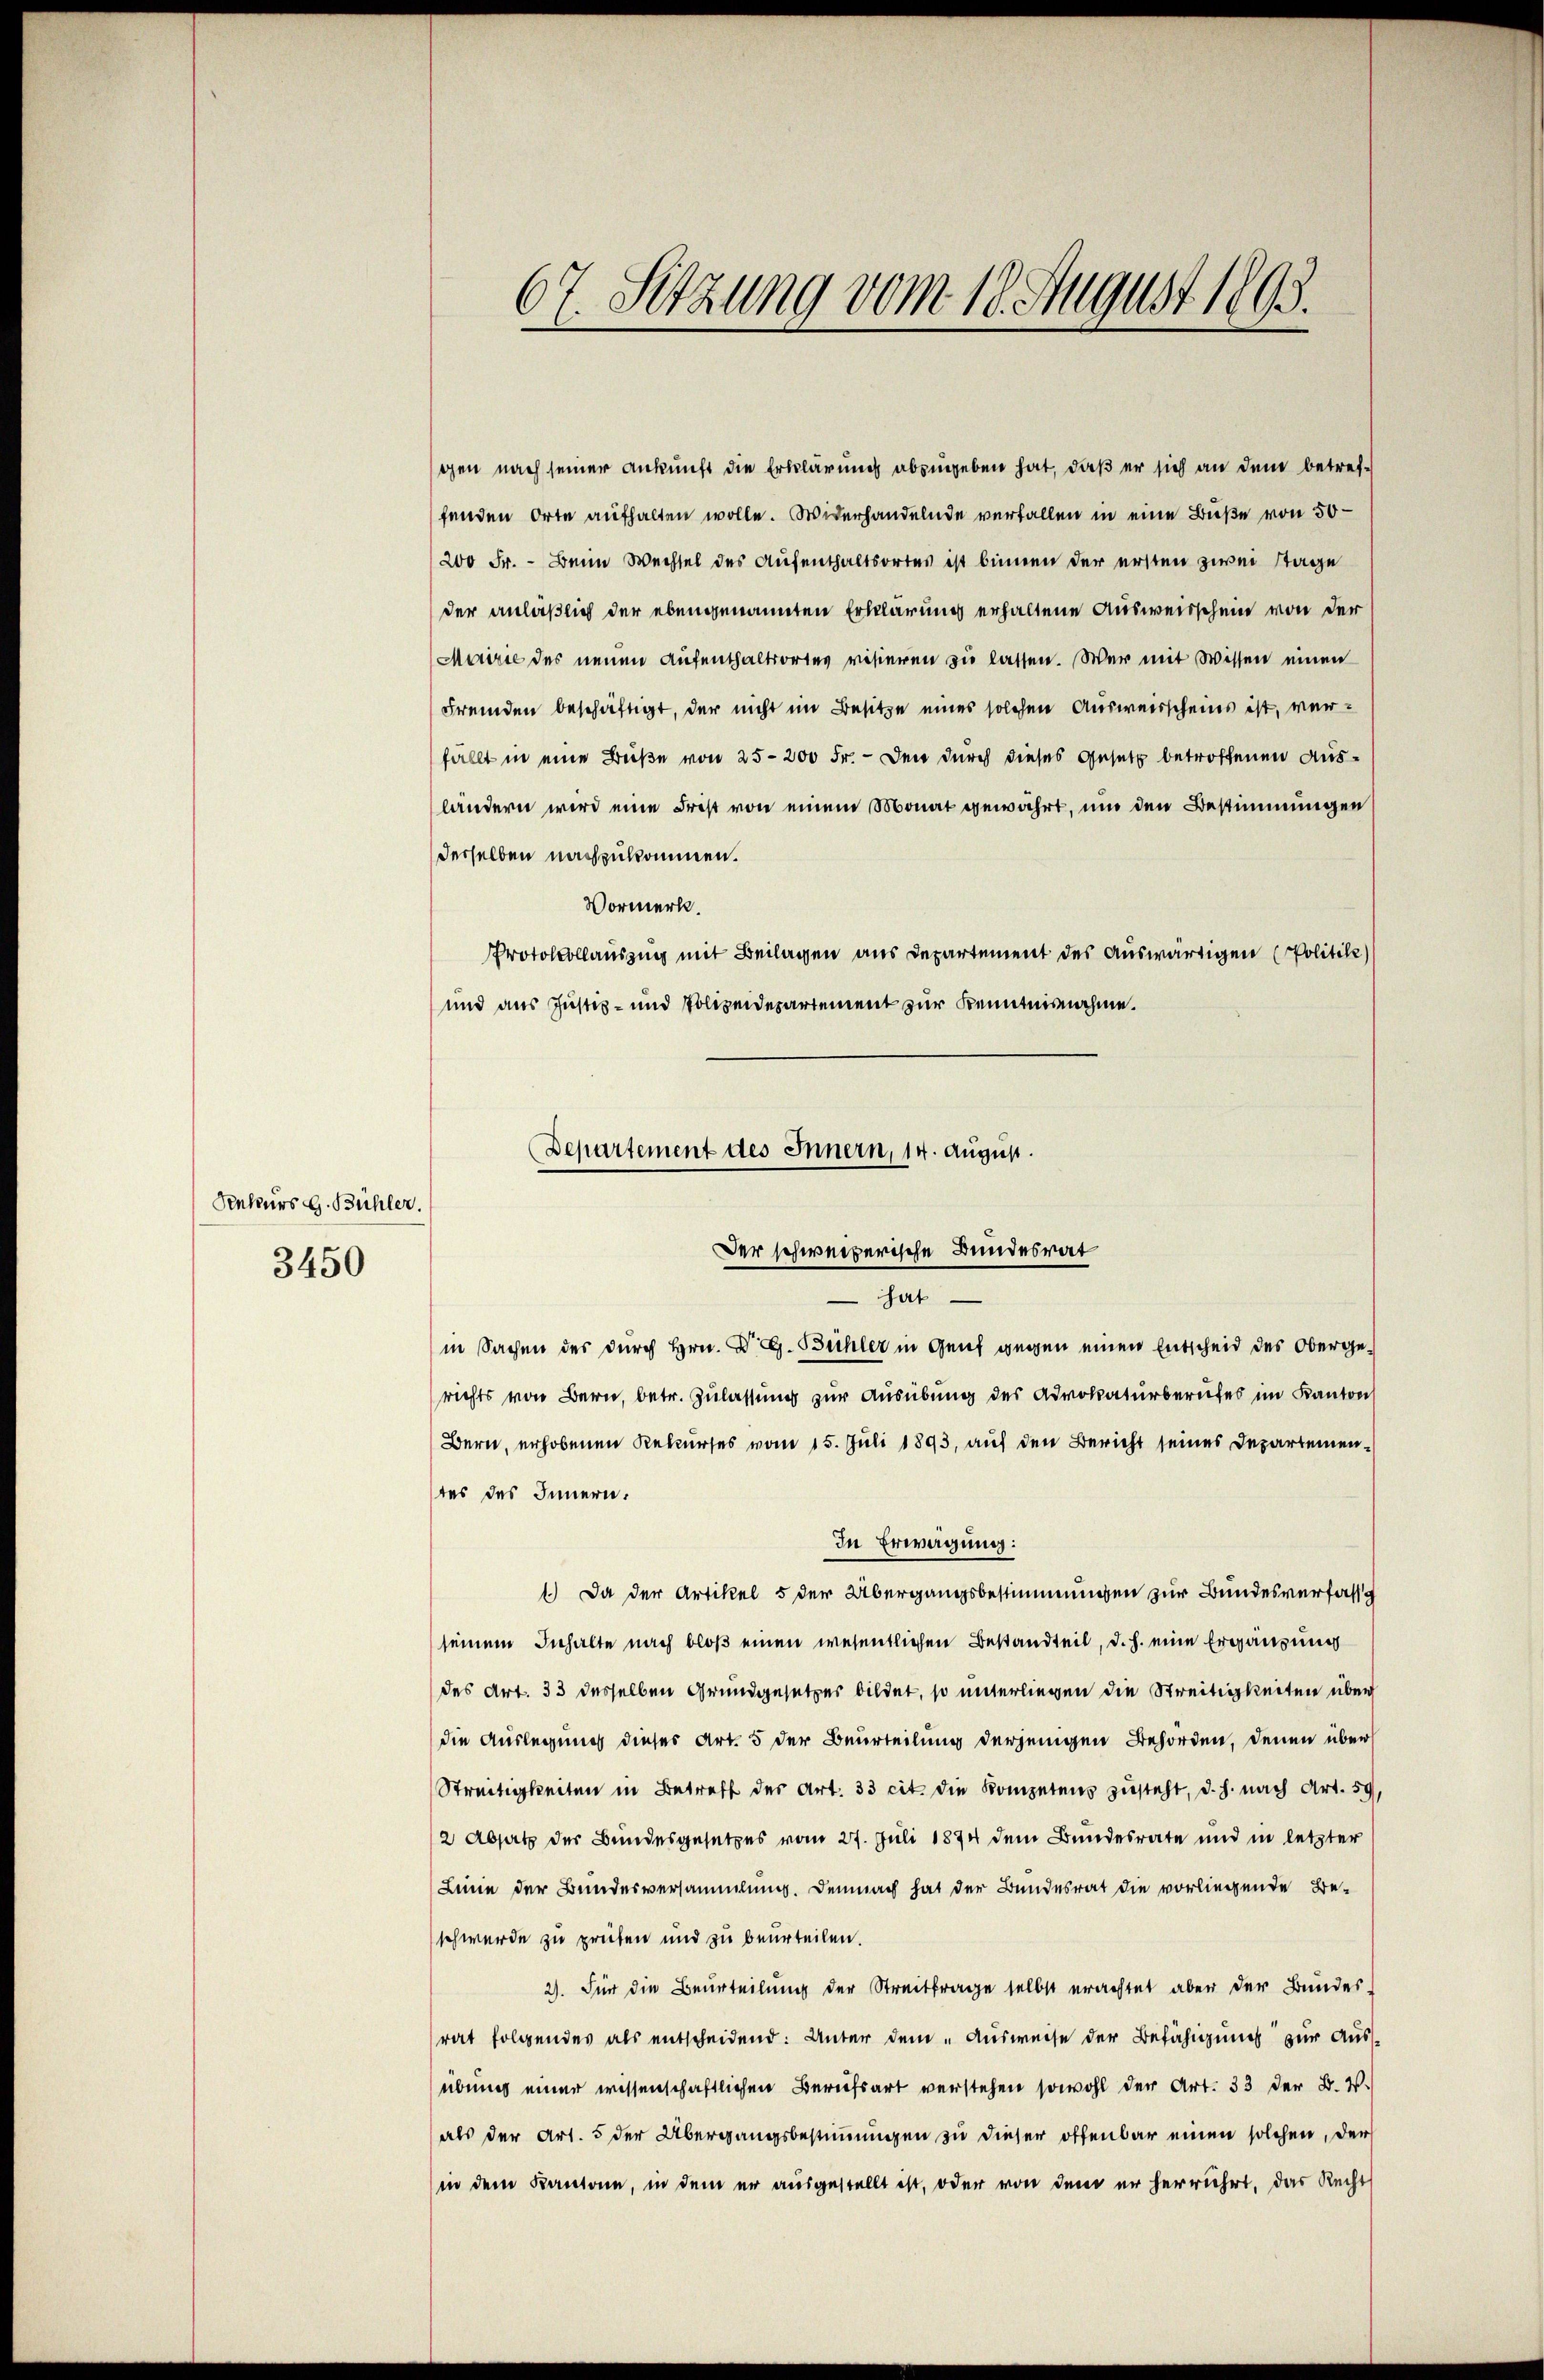
Rekurs G. Bühler.
3450

gen nach seiner Ankunft die Erklärung abzugeben hat, daß er sich an dem betreffenden Orte aufhalten wolle. Widerhandelnde verfallen in eine Buße von 50
200 Fr. - Beim Wechsel des Aufenthaltsortes ist binnen der ersten zwei Stage
der anläßlich der ebengenannten Erklärung erhaltene Ausweisschein von der
Mairie des neuen Aufenthaltsortes risieren zu lassen. Wer mit Wissen einen
Fremden beschäftigt, der nicht im Besitze eines solchen Ausweisscheins ist, werfällt in eine Buße von 25-200 Fr. - Den durch dieses Gesetz betroffenen Ausländern wird eine Frist von einem Monat gewährt, und den Bestimmungen
derselben nachzukommen.
Vormerk.
Protokollauszug mit Beilagen aus Departement des Auswärtigen Politike
und aus Justiz- und Polizeidepartement zur Kenntnisnahme.

hat
in Sachen des durch Hrn. Dr. G. Büchler in Genf gegen einen Entscheid des Obergerichts von Bern, betr. Zulassung zur Ausübung des Advokaturberufes im Kanton
Bern, erhobenen Rekurses vom 15. Juli 1893, auf den Bericht seines Departementes des Innern.
In Erwägung:
1.) Da der Artikel 5 der Übergangsbestimmungen zur Bundesverfasse
seinem Inhalte nach bloß einen wesentlichen Bestandteil, d. h. eine Ergänzung
des Art. 33 desselben Grundgesetzer bildet, so unterliegen die Streitigkeiten über
die Auslegung dieses Art. 5 der Beurteilung derjenigen Behörden, denen über
Streitigkeiten in Betreff der Art. 33 cit. die Kompetens zusteht, d. h. nach Art. 59,
2 Absatz der Bundesgesetzes vom 27. Juli 1874 dem Bundesrate und in letzter
Linie der Bundesversammlung. Demnach hat der Bundesrat die vorliegende Be-
schwerde zu prüfen und zu beurteilen.
2). Für die Beurteilung der Streitfrage selbst erachtet aber der Bundes.
rat folgendes als entscheidend: Unter dem „Ausweise der Befähigung zur Aus-
übung einer wissenschaftlichen Berufsart verstehen sowohl der Art. 33 der B. W.
als der Art. 5 der Übergangsbestimmungen zu dieser offenbar einen solchen, der
in dem Kantone, in dem er ausgestellt ist, oder von dem er herrührt, das Recht

67. Setzung vom 18. August 1893.

Departement des Innern, 14. August.
Der schweizerische Bundesrat